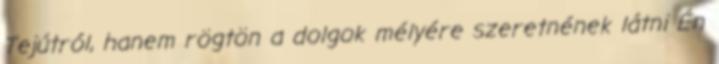
Tejútról, hanem rögtön a dolgok mélyére szeretnének látni Én